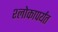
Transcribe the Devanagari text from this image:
श्लोकापर्यंत